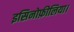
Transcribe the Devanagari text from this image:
इसिनोफ़ीलिया।